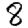
Digit: 8